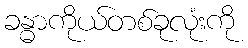
ခန္ဓာကိုယ်တစ်ခုလုံးကို